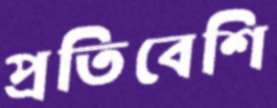
প্রতিবেশি